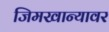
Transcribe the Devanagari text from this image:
जिमखान्यावर